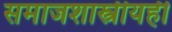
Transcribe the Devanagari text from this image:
समाजशास्त्रीयही